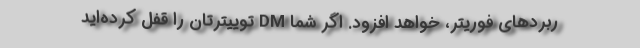
ربردهای فوریتر، خواهد افزود. اگر شما DM توییترتان را قفل کرده‌اید